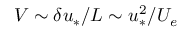
V \sim \delta u _ { * } / L \sim u _ { * } ^ { 2 } / U _ { e }